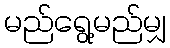
မည်ရွေ့မည်မျှ